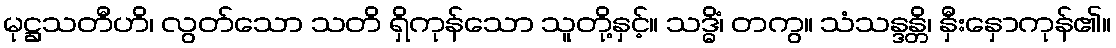
မုဋ္ဌသတီဟိ၊ လွတ်သော သတိ ရှိကုန်သော သူတို့နှင့်။ သဒ္ဓိံ၊ တကွ။ သံသန္ဒန္တိ၊ နှီးနှောကုန်၏။